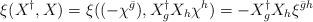
LaTeX: \begin{align*}\xi(X^\dag,X)=\xi((-\chi^{\bar{g}}),X_{g}^\dag X_h\chi^h)=-X_{g}^\dag X_h\xi^{{\bar{g}}h}\end{align*}